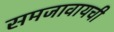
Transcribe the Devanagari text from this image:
समजावायची